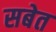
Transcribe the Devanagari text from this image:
सबेत